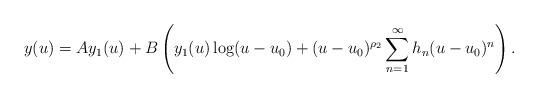
LaTeX: \begin{align*}y(u) = A y_1(u) + B \left(y_1(u) \log(u - u_0) + (u-u_0)^{\rho_2} \sum\limits_{n=1}^\infty h_n(u-u_0)^n\right).\end{align*}